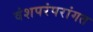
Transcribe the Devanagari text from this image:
वंशपरंपरांगत